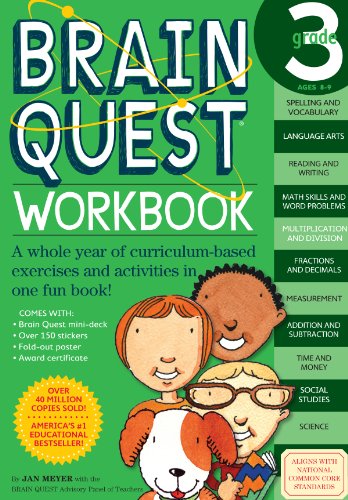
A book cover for Brain Quest Workbook: Grade 3; Janet A. Meyer; Children's Books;